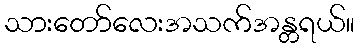
သားတော်လေးအသက်အန္တရယ်။